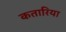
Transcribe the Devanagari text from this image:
कतारिया